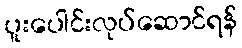
ပူးပေါင်းလုပ်ဆောင်ရန်